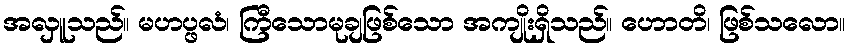
အလှူသည်။ မဟပ္ဖလံ၊ ကြီသောမုချဖြစ်သော အကျိုးရှိသည်။ ဟောတိ၊ ဖြစ်သလော။